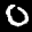
Label: 0